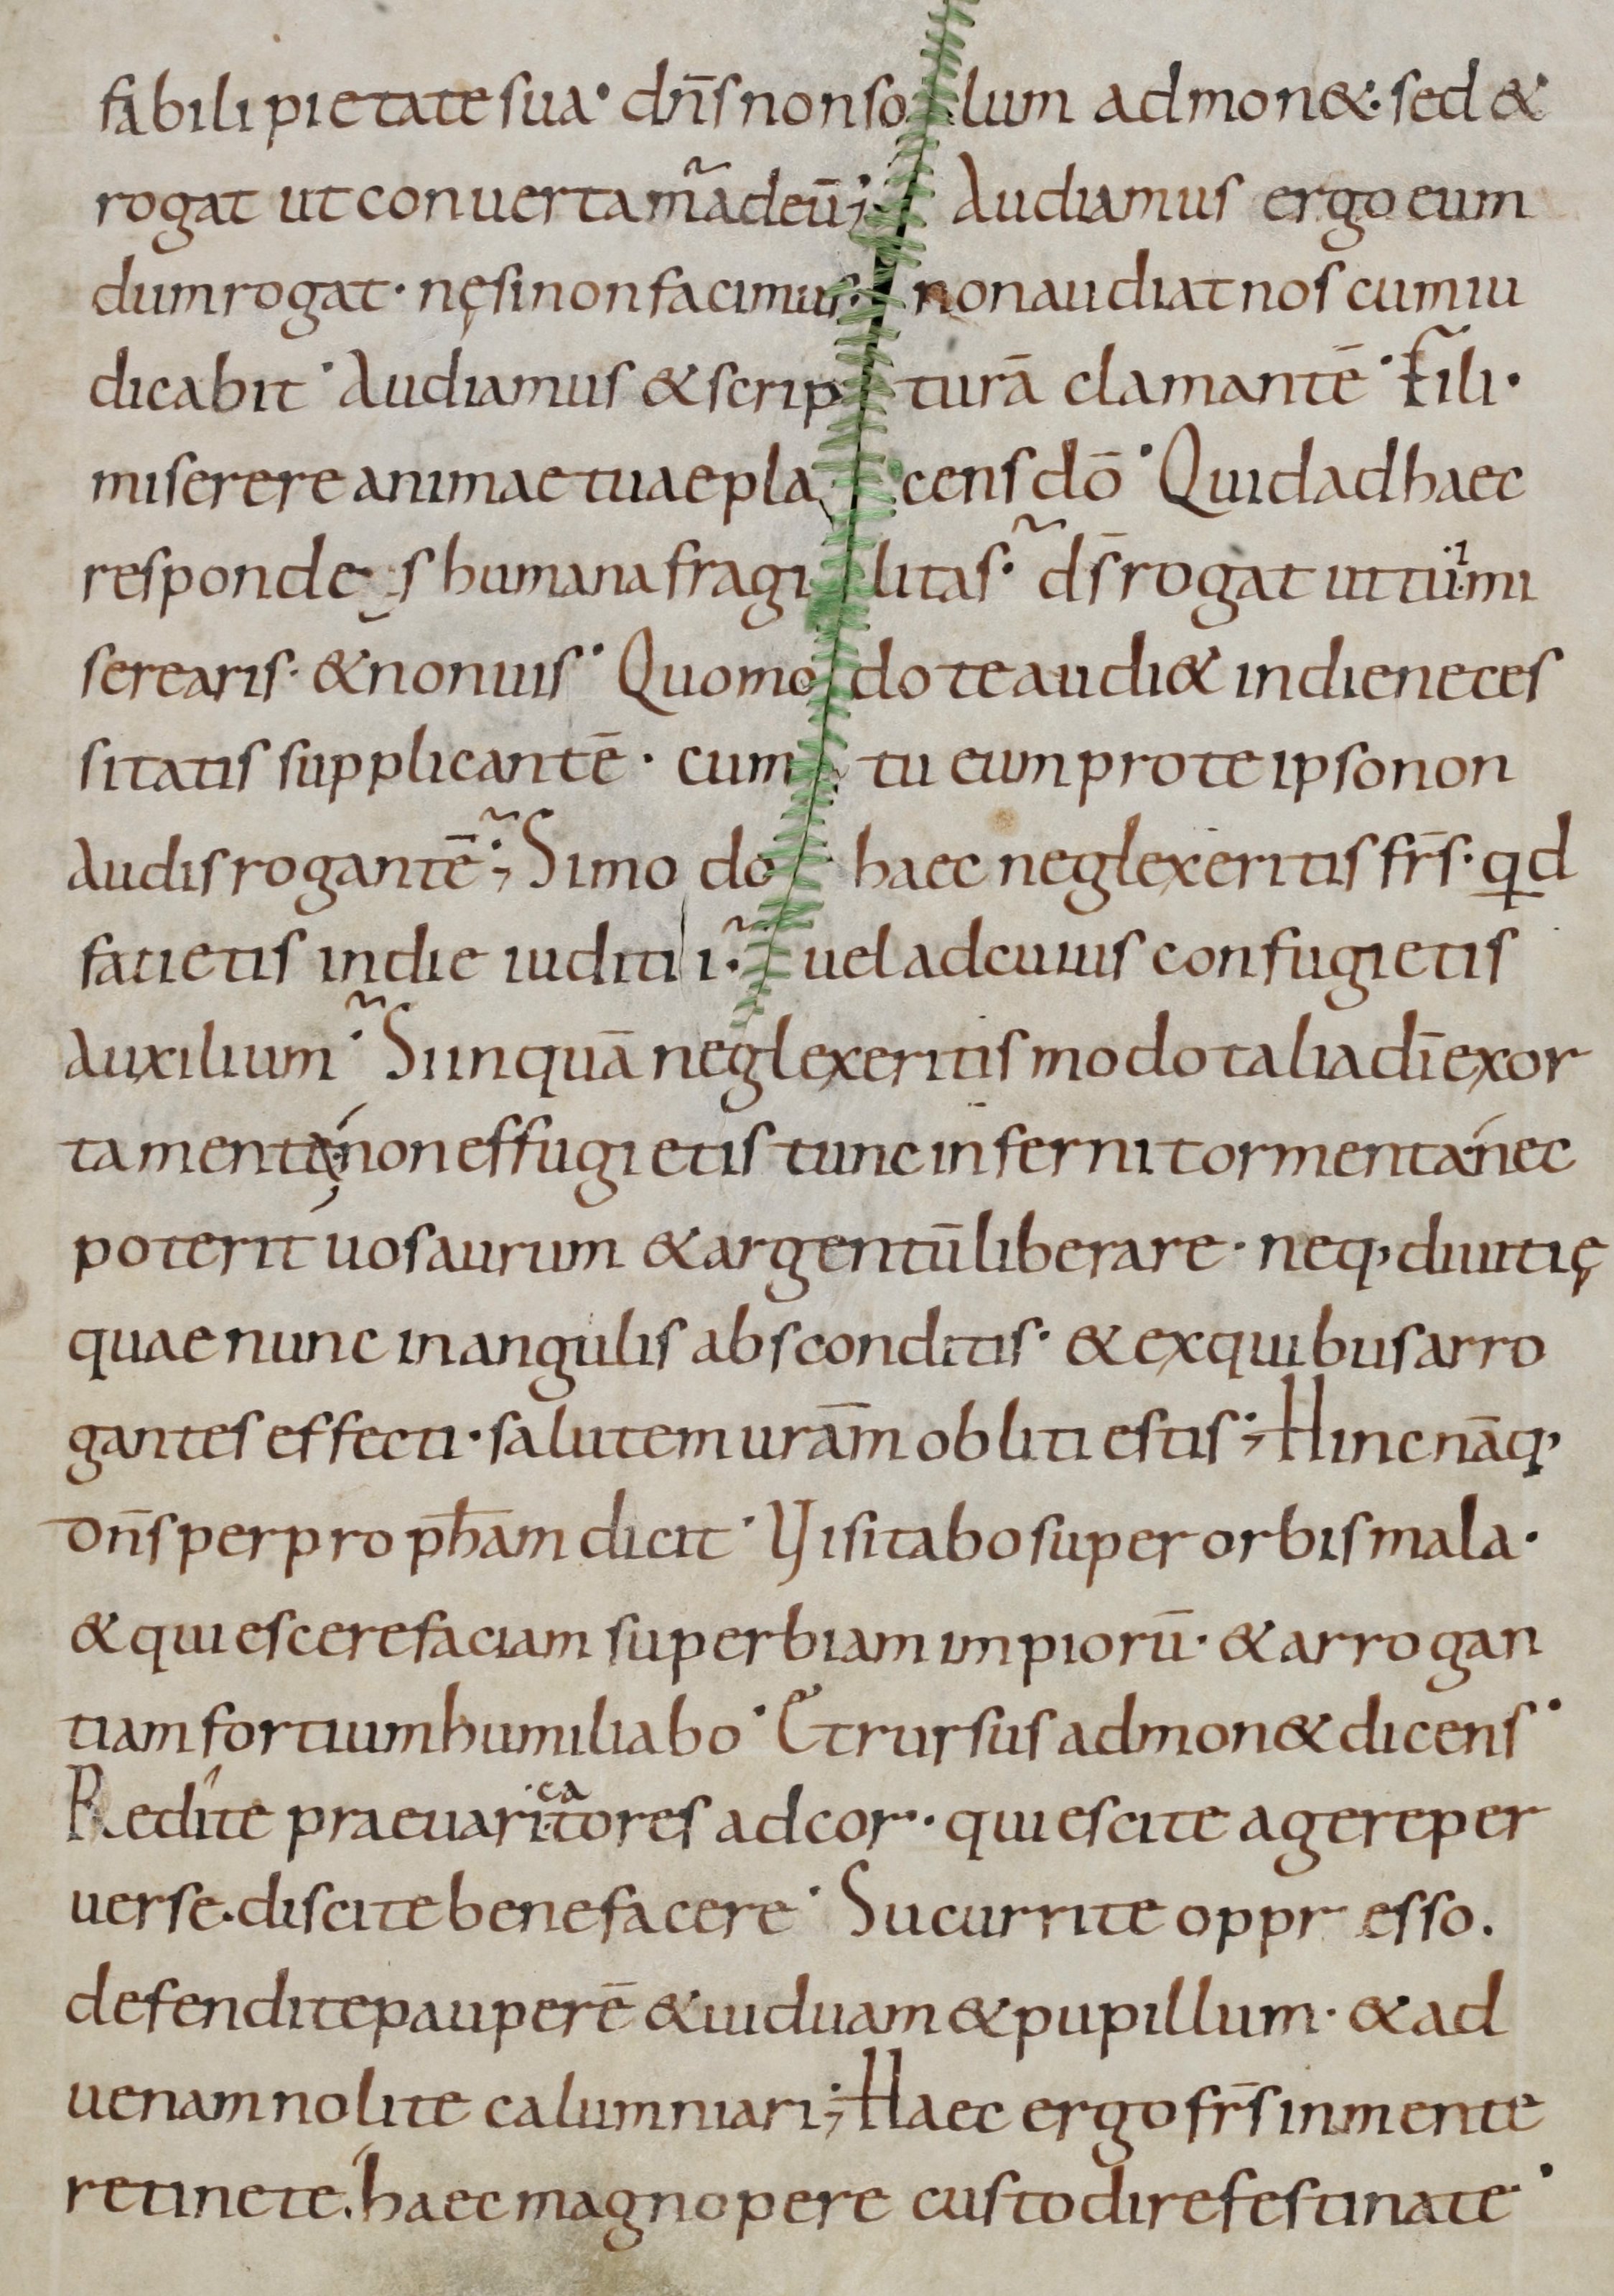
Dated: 800–999